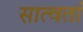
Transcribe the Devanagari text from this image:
सात्वतां